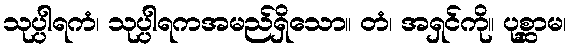
သုပ္ပါရကံ၊ သုပ္ပါရကအမည်ရှိသော။ တံ၊ အရှင်ကို။ ပုစ္ဆာမ၊